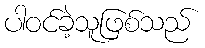
ပါဝင်ခဲ့သူဖြစ်သည်